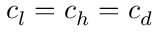
c _ { l } = c _ { h } = c _ { d }